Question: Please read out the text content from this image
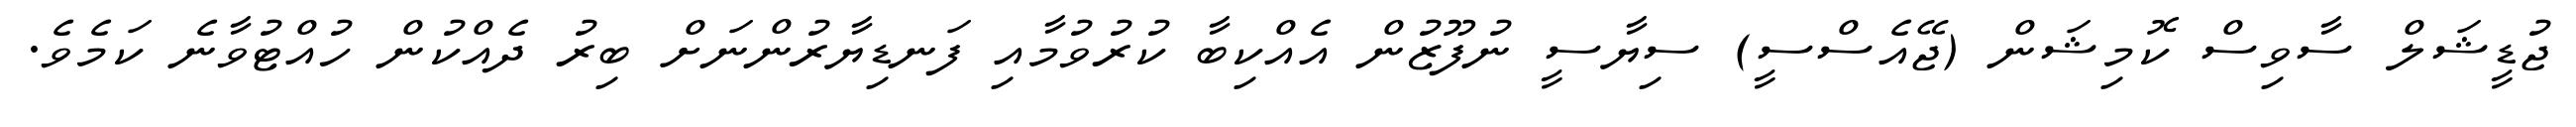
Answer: ޖުޑީޝަލް ސާވިސް ކޮމިޝަން (ޖޭއެސްސީ) ސިޔާސީ ނުފޫޒުން އެއްކިބާ ކުރުވުމާއި ފަނޑިޔާރުންނަށް ބިރު ދެއްކުން ހުއްޓުވާނެ ކަމެވެ.